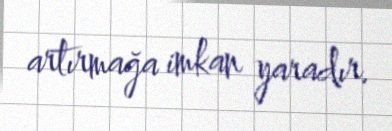
artırmağa imkan yaradır.